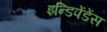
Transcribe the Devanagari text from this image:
इन्डिपेंडेंस